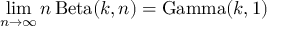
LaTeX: \operatorname* { l i m } _ { n \to \infty } n \operatorname { B e t a } ( k , n ) = \operatorname { G a m m a } ( k , 1 )